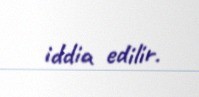
iddia edilir.